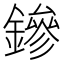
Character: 鏒